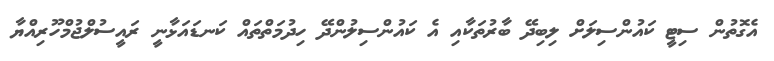
އެގޮތުން ސިޓީ ކައުންސިލަށް ލިބިދޭ ބާރުތަކާއި އެ ކައުންސިލުންދޭ ހިދުމަތްތައް ކަނޑައަޅާނީ ރައީސުލްޖުމްހޫރިއްޔާ